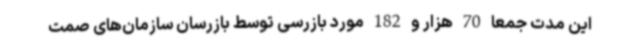
این مدت جمعا 70 هزار و 182 مورد بازرسی توسط بازرسان سازمان‌های صمت